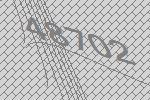
48702